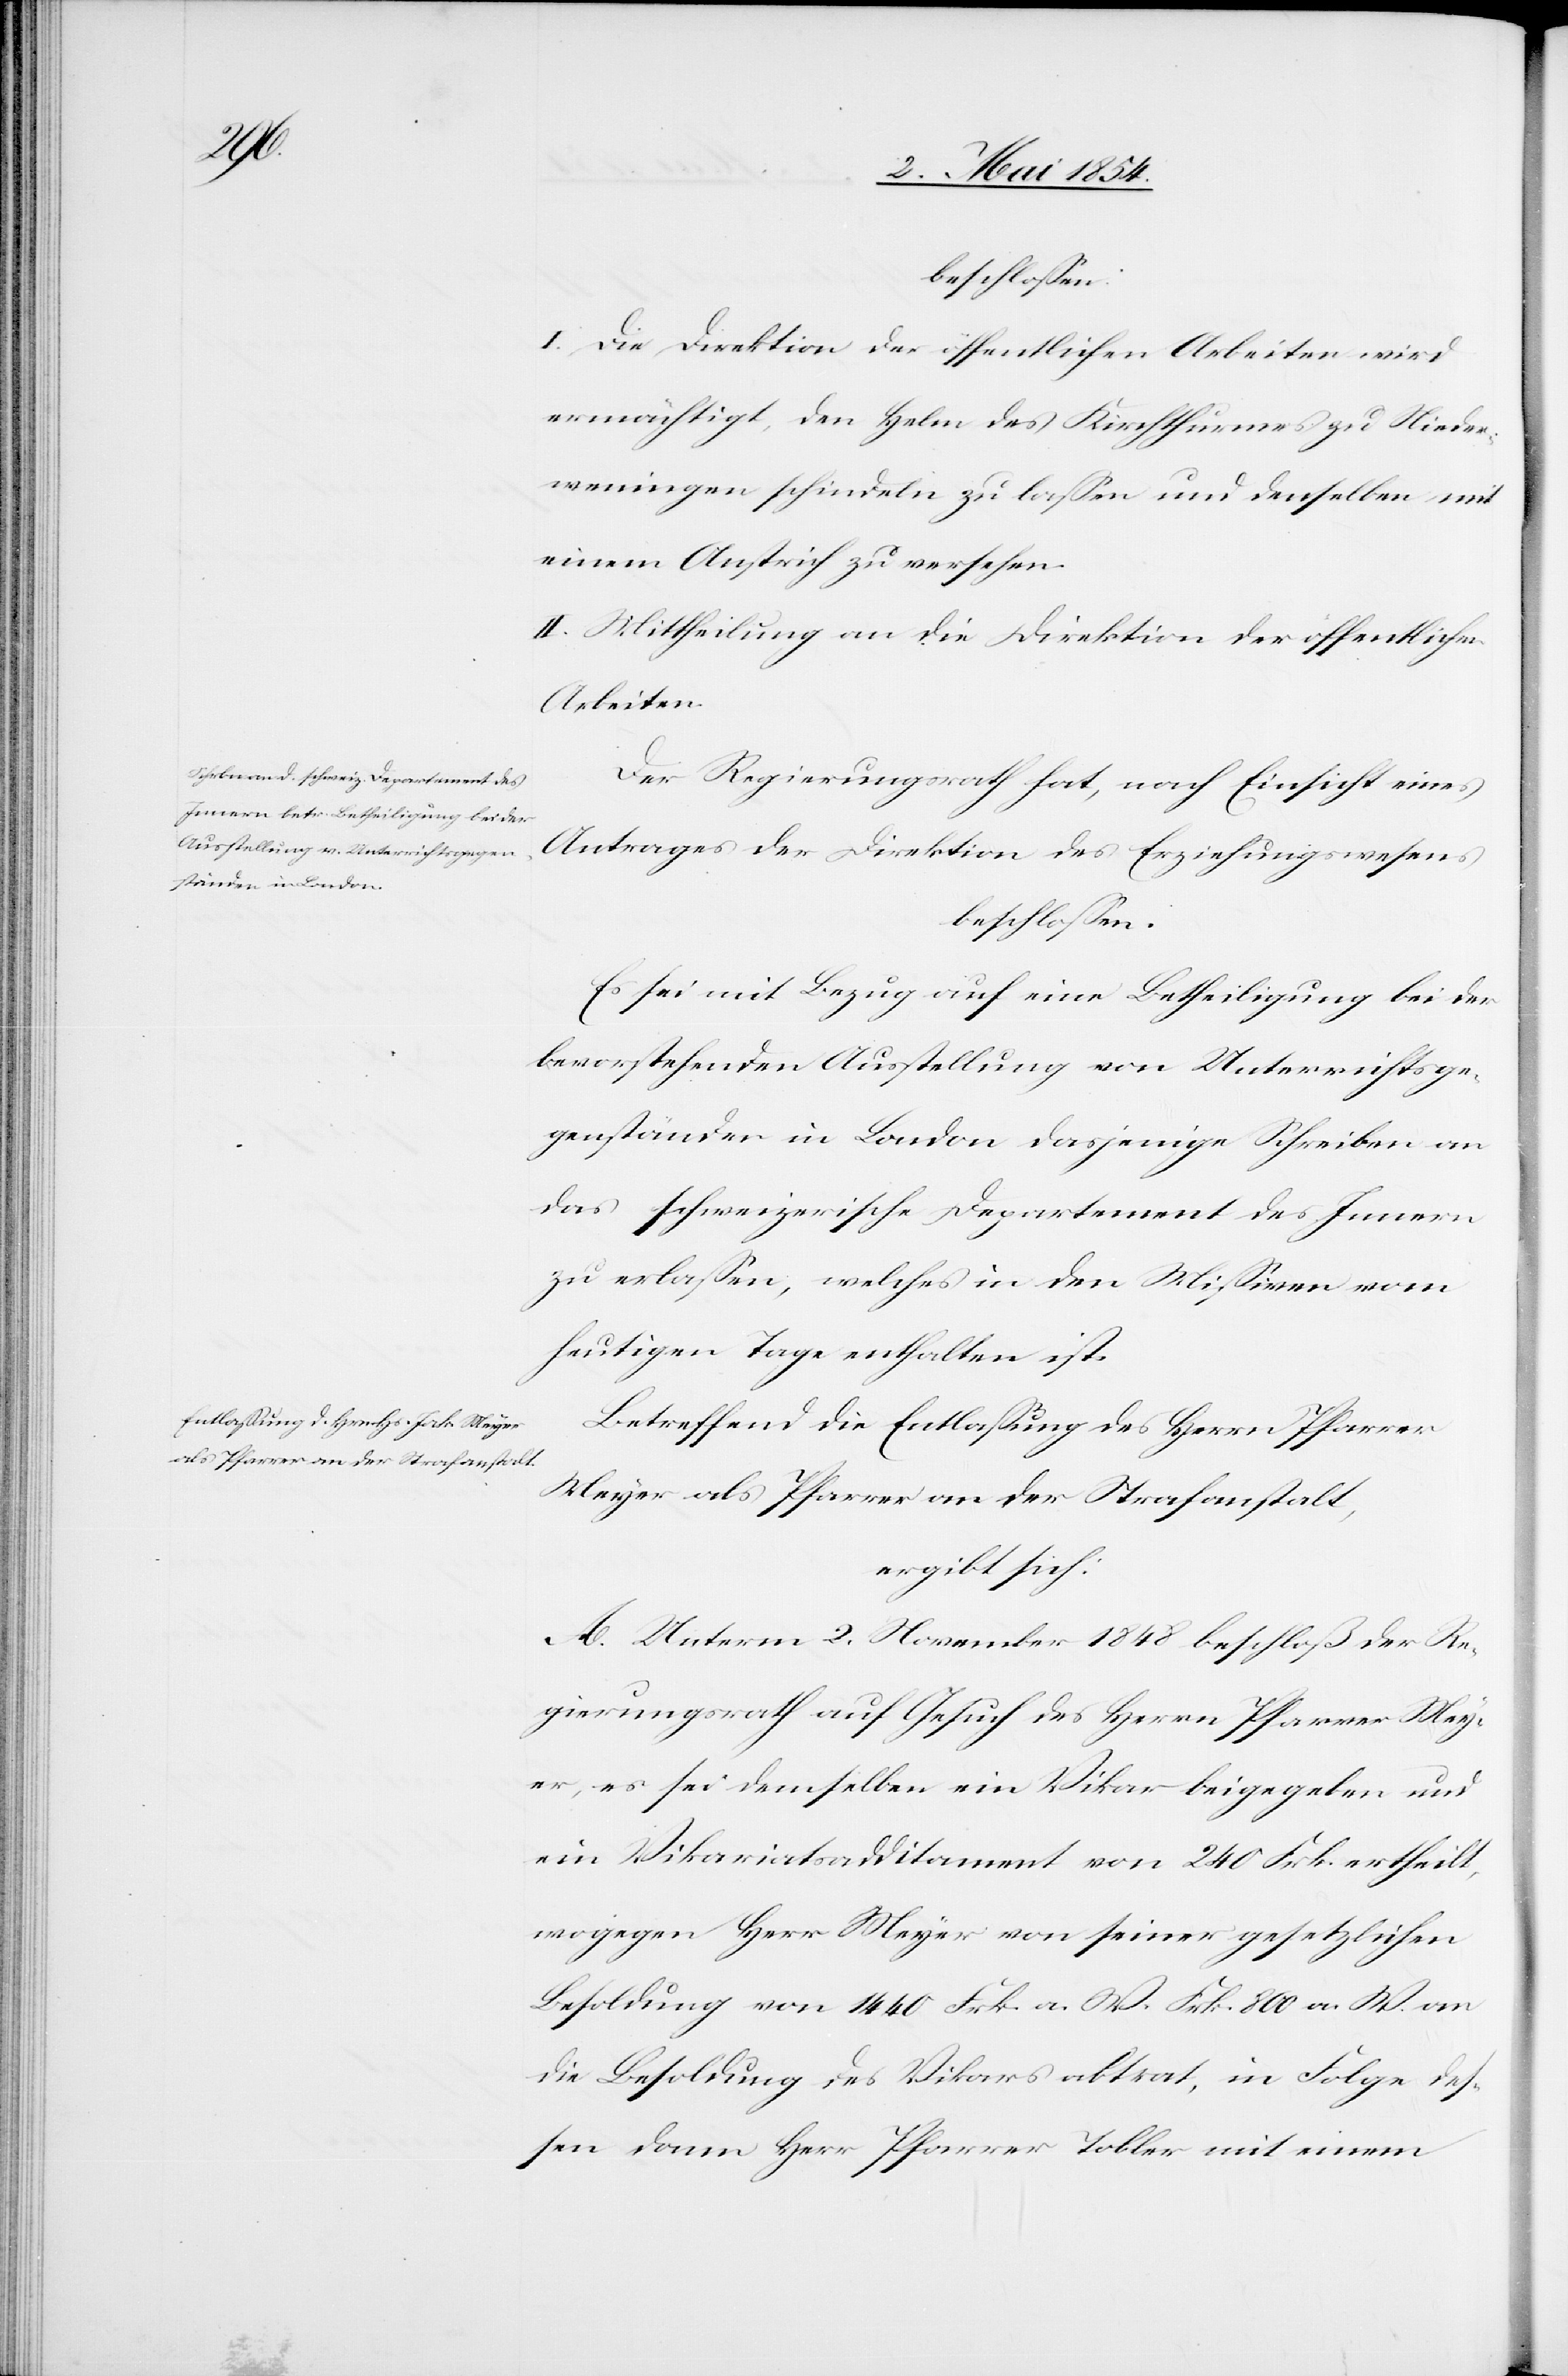
beschloßen:
I. Die Direktion der öffentlichen Arbeiten wird
ermächtigt, den Helm des Kirchthurmes zu Nieder¬
weningen schindeln zu laßen und denselben mit
einem Anstrich zu versehen.
II. Mittheilung an die Direktion der öffentlichen
Arbeiten.
Der Regierungsrath hat, nach Einsicht eines
Antrages der Direktion des Erziehungswesens
beschloßen:
Es sei mit Bezug auf eine Betheiligung bei der
bevorstehenden Ausstellung von Unterrichtsge¬
genständen in London dasjenige Schreiben an
das schweizerische Departement des Innern
zu erlaßen, welches in den Mißiven vom
heutigen Tage enthalten ist.
Betreffend die Entlaßung des Herrn Pfarrer
Meyer als Pfarrer an der Strafanstalt,
ergibt sich:
A. Unterm 2. November 1848 beschloß der Re¬
gierungsrath auf Gesuch des Herrn Pfarrer Mey¬
er, es sei demselben ein Vikar beigegeben und
ein Vikariatsadditament von 240 Frk. ertheilt,
wogegen Herr Meyer von seiner gesetzlichen
Besoldung von 1440 Fr. a. W. an d¬
ie Besoldung des Vikars abtrat, in Folge deß¬
en dann Herr Pfarrer Tobler mit einem